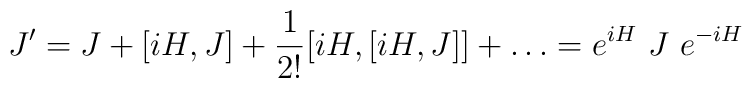
J'=J+[iH,J]+\frac{1}{2!}[iH,[iH,J]]+\ldots = e^{iH}~ J~ e^{-iH}